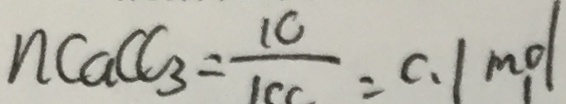
n C a C C _ { 3 } = \frac { 1 C } { 1 c c } = C . 1 m o l